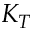
K _ { T }